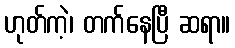
ဟုတ်ကဲ့၊ တက်နေပြီ ဆရာ။